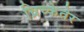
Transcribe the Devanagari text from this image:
च्रिच्केतेर